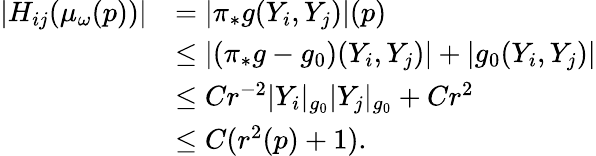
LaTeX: \begin{array}{rl}{|H_{ij}(\mu_{\omega}(p))|}&{=\left|\pi_{*}g(Y_{i},Y_{j})\right|(p)}\\ &{\leq\left|(\pi_{*}g-g_{0})(Y_{i},Y_{j})\right|+\left|g_{0}(Y_{i},Y_{j})\right|}\\ &{\leq Cr^{-2}|Y_{i}|_{g_{0}}|Y_{j}|_{g_{0}}+Cr^{2}}\\ &{\leq C(r^{2}(p)+1).}\end{array}